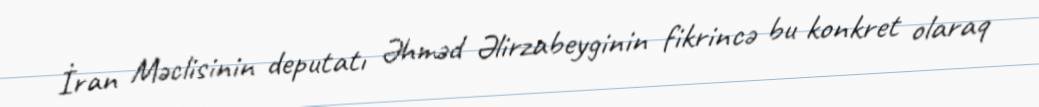
İran Məclisinin deputatı Əhməd Əlirzabeyginin fikrincə bu konkret olaraq